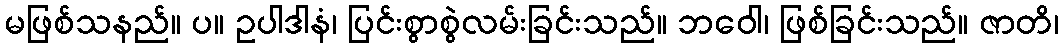
မဖြစ်သနည်။ ပ။ ဥပါဒါနံ၊ ပြင်းစွာစွဲလမ်းခြင်းသည်။ ဘဝေါ၊ ဖြစ်ခြင်းသည်။ ဇာတိ၊